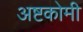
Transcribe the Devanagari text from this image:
अष्टकोमी